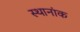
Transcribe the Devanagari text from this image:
स्थानांक